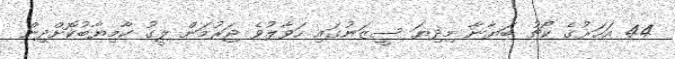
44 އަހަރުގެ ކޯޗު ބަޔާނާ މިދިޔަ ސީޒަނުގައި ހަވާލުވެ ޖަރުމަން ލީގު ކާމިޔާބުކޮށްދިން